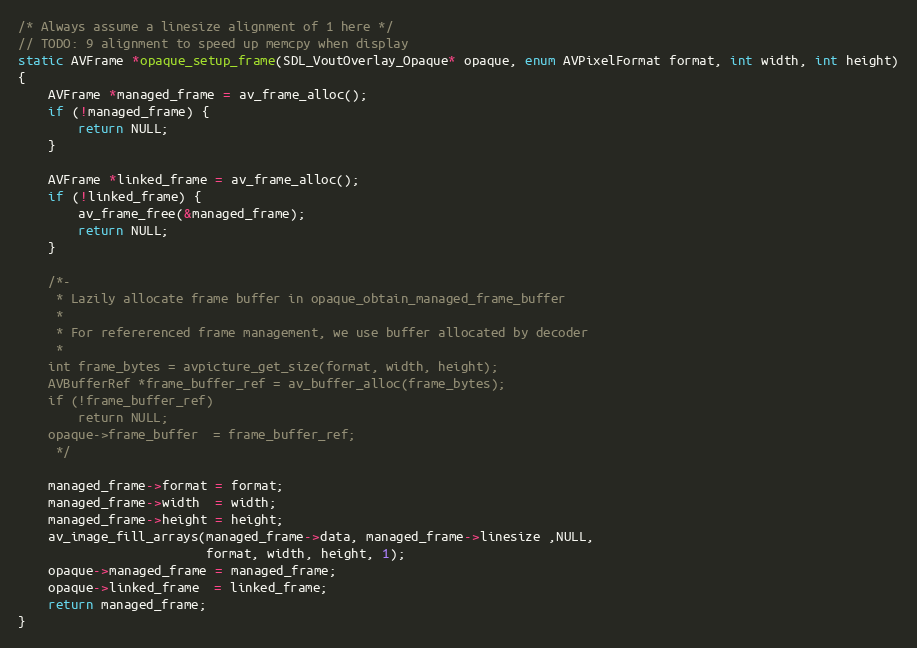
Language: C
/* Always assume a linesize alignment of 1 here */
// TODO: 9 alignment to speed up memcpy when display
static AVFrame *opaque_setup_frame(SDL_VoutOverlay_Opaque* opaque, enum AVPixelFormat format, int width, int height)
{
    AVFrame *managed_frame = av_frame_alloc();
    if (!managed_frame) {
        return NULL;
    }

    AVFrame *linked_frame = av_frame_alloc();
    if (!linked_frame) {
        av_frame_free(&managed_frame);
        return NULL;
    }

    /*-
     * Lazily allocate frame buffer in opaque_obtain_managed_frame_buffer
     *
     * For refererenced frame management, we use buffer allocated by decoder
     *
    int frame_bytes = avpicture_get_size(format, width, height);
    AVBufferRef *frame_buffer_ref = av_buffer_alloc(frame_bytes);
    if (!frame_buffer_ref)
        return NULL;
    opaque->frame_buffer  = frame_buffer_ref;
     */

    managed_frame->format = format;
    managed_frame->width  = width;
    managed_frame->height = height;
    av_image_fill_arrays(managed_frame->data, managed_frame->linesize ,NULL,
                         format, width, height, 1);
    opaque->managed_frame = managed_frame;
    opaque->linked_frame  = linked_frame;
    return managed_frame;
}